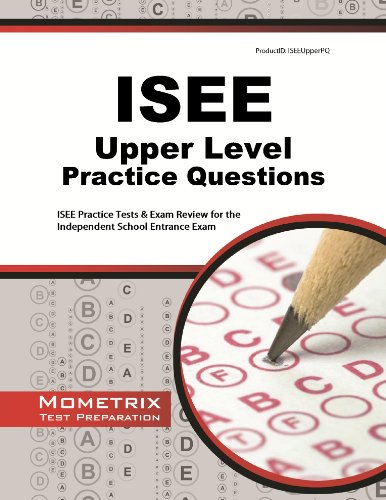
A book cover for ISEE Upper Level Practice Questions: ISEE Practice Tests & Exam Review for the Independent School Entrance Exam; ISEE Exam Secrets Test Prep Team; Test Preparation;